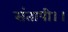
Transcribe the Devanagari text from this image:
संतापी।।